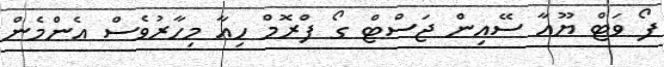
ފޯ ވަޓް ޔޫއާ ސޭއިން ޖަސްޓް ގޯ ފްރޮމް ހިއާ މިހާރުވެސް އެންމެން